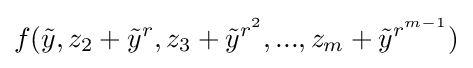
f({\tilde {y}},z_{2}+{\tilde {y}}^{r},z_{3}+{\tilde {y}}^{r^{2}},...,z_{m}+{\tilde {y}}^{r^{m-1}})